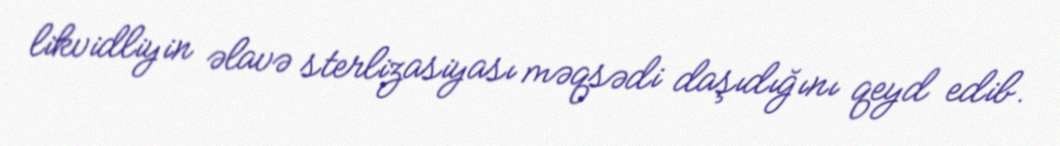
likvidliyin əlavə sterlizasiyası məqsədi daşıdığını qeyd edib.